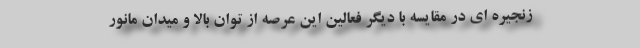
زنجیره ای در مقایسه با دیگر فعالین این عرصه از توان بالا و میدان مانور